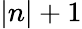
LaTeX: |n|+1